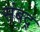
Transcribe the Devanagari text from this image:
संबद्